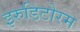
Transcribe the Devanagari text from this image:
इरुडिटोरम